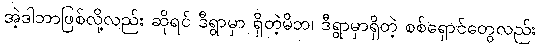
အဲ့ဒါဘာဖြစ်လို့လည်း ဆိုရင် ဒီရွာမှာ ရှိတဲ့မိဘ၊ ဒီရွာမှာရှိတဲ့ စစ်ရှောင်တွေလည်း